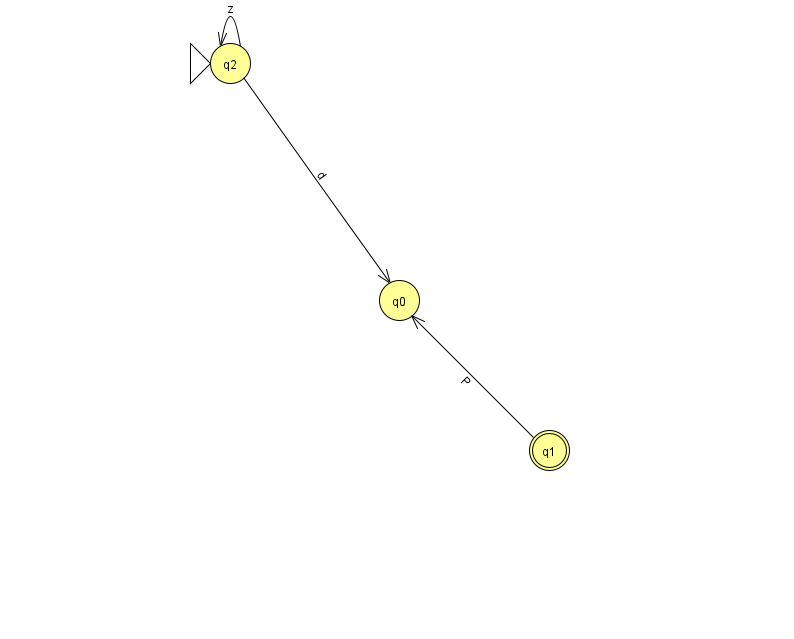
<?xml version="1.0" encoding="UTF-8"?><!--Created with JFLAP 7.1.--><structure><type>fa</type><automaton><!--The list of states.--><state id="0" name="q0"><x>399.0</x><y>287.0</y></state><state id="1" name="q1"><x>549.0</x><y>437.0</y><final/></state><state id="2" name="q2"><x>230.0</x><y>50.0</y><initial/></state><!--The list of transitions.--><transition><from>1</from><to>0</to><read>P</read></transition><transition><from>2</from><to>0</to><read>d</read></transition><transition><from>2</from><to>2</to><read>z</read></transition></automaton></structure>